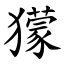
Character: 獴